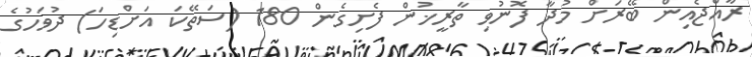
ރާއްޖެއިން ބޭރަށް މުދާ ފޮނުވި ތާރީޚުން ފެށިގެން 180 (ސަތޭކަ އަށްޑިހަ) ދުވަހުގެ